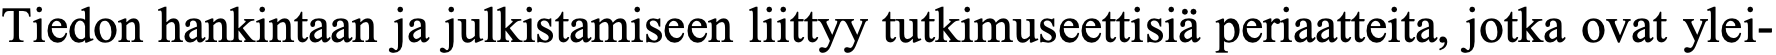
Tiedon hankintaan ja julkistamiseen liittyy tutkimuseettisiä periaatteita, jotka ovat ylei-